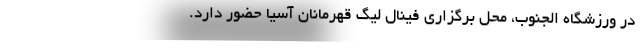
در ورزشگاه الجنوب، محل برگزاری فینال لیگ قهرمانان آسیا حضور دارد.